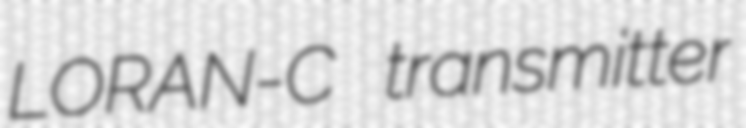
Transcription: LORAN-C transmitter